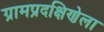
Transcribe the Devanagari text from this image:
ग्रामप्रदक्षिणेला